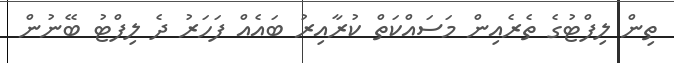
ތިން ލިފްޓުގެ ތެރެއިން މަސައްކަތް ކުރާއިރު ބައެއް ފަހަރު ދެ ލިފްޓު ބޭނުން